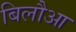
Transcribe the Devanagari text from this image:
बिलौआ